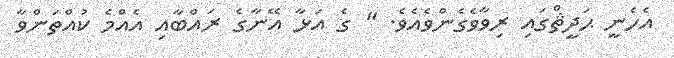
އެހެނީ ޙަދީޘްގައި ރިވާވެގެންވެއެވެ. " ގެ އަޅާ އޭނާގެ ރައްބާއި އެއްމެ ކުއްތަންވާ